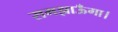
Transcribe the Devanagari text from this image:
समझाऊँगा।